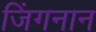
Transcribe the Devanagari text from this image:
जिंगनान